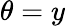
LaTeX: \theta=y